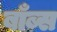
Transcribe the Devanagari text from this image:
बाँब्स